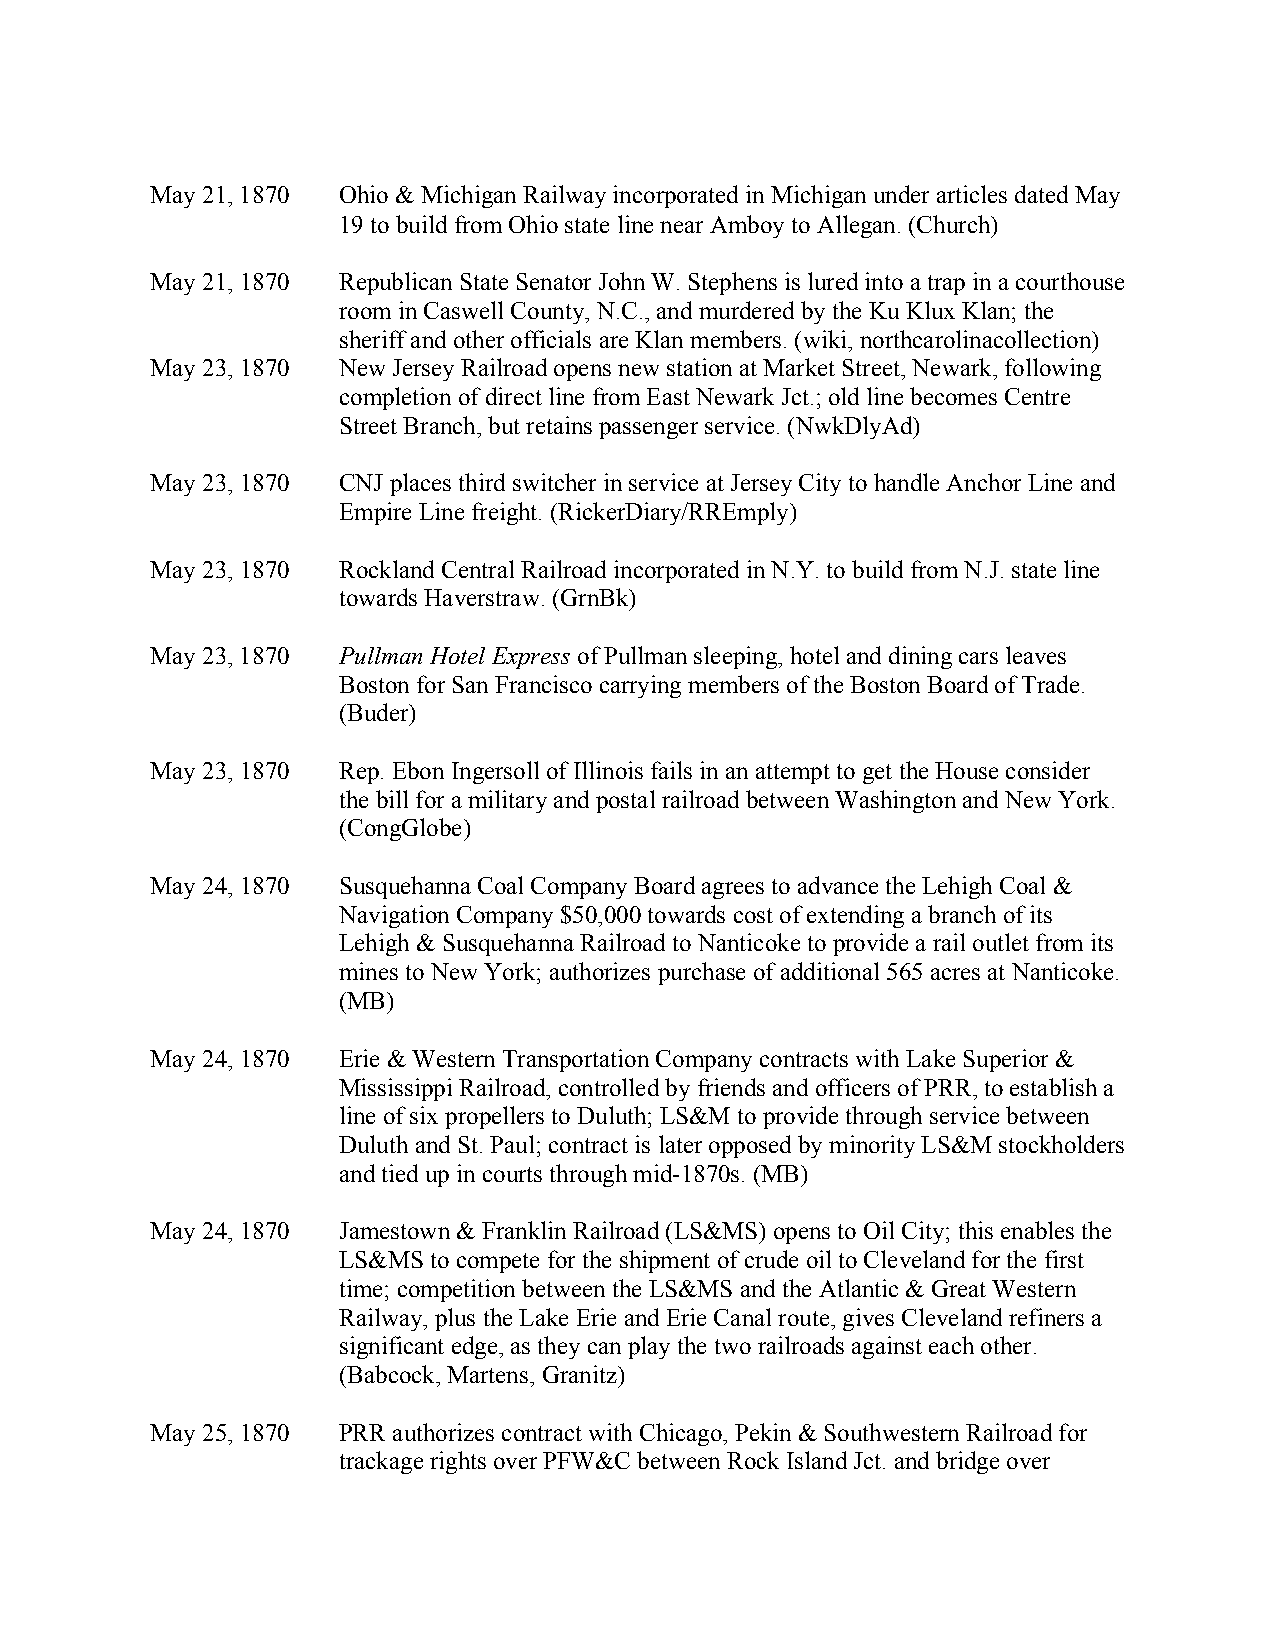
May 21, 1870 Ohio & Michigan Railway incorporated in Michigan under articles dated May
 19 to build from Ohio state line near Amboy to Allegan. (Church)
 May 21, 1870 Republican State Senator John W. Stephens is lured into a trap in a courthouse
 room in Caswell County, N.C., and murdered by the Ku Klux Klan; the
 sheriff and other officials are Klan members. (wiki, northcarolinacollection)
 May 23, 1870 New Jersey Railroad opens new station at Market Street, Newark, following
 completion of direct line from East Newark Jct.; old line becomes Centre
 Street Branch, but retains passenger service. (NwkDlyAd)
 May 23, 1870 CNJ places third switcher in service at Jersey City to handle Anchor Line and
 Empire Line freight. (RickerDiary/RREmply)
 May 23, 1870 Rockland Central Railroad incorporated in N.Y. to build from N.J. state line
 towards Haverstraw. (GrnBk)
 May 23, 1870 Pullman Hotel Express of Pullman sleeping, hotel and dining cars leaves
 Boston for San Francisco carrying members of the Boston Board of Trade.
 (Buder)
 May 23, 1870 Rep. Ebon Ingersoll of Illinois fails in an attempt to get the House consider
 the bill for a military and postal railroad between Washington and New York.
 (CongGlobe)
 May 24, 1870 Susquehanna Coal Company Board agrees to advance the Lehigh Coal &
 Navigation Company $50,000 towards cost of extending a branch of its
 Lehigh & Susquehanna Railroad to Nanticoke to provide a rail outlet from its
 mines to New York; authorizes purchase of additional 565 acres at Nanticoke.
 (MB)
 May 24, 1870 Erie & Western Transportation Company contracts with Lake Superior &
 Mississippi Railroad, controlled by friends and officers of PRR, to establish a
 line of six propellers to Duluth; LS&M to provide through service between
 Duluth and St. Paul; contract is later opposed by minority LS&M stockholders
 and tied up in courts through mid-1870s. (MB)
 May 24, 1870 Jamestown & Franklin Railroad (LS&MS) opens to Oil City; this enables the
 LS&MS to compete for the shipment of crude oil to Cleveland for the first
 time; competition between the LS&MS and the Atlantic & Great Western
 Railway, plus the Lake Erie and Erie Canal route, gives Cleveland refiners a
 significant edge, as they can play the two railroads against each other.
 (Babcock, Martens, Granitz)
 May 25, 1870 PRR authorizes contract with Chicago, Pekin & Southwestern Railroad for
 trackage rights over PFW&C between Rock Island Jct. and bridge over